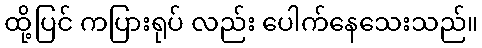
ထို့ပြင် ကပြားရုပ် လည်း ပေါက်နေသေးသည်။